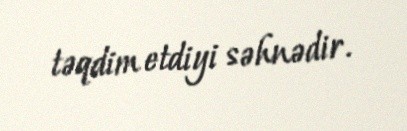
təqdim etdiyi səhnədir.